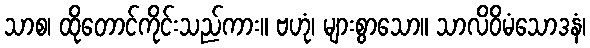
သာစ၊ ထိုတောင်ကိုင်းသည်ကား။ ဗဟုံ၊ များစွာသော။ သာလိဝိမံသောဒနံ၊